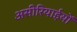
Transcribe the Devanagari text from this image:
असीरियाईयों